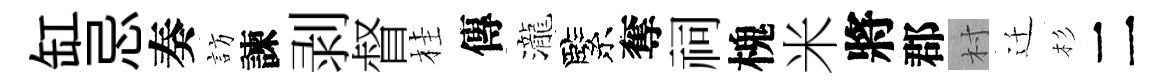
缸忌奏訪諫剥督桂傳瀧緊奪祠槐米將郡村迁杉二